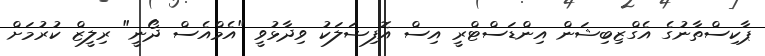
ޕާކިސްތާނުގެ އެގްޒިބިޝަން އިންޑަސްޓްރީ އިސް އޮފިޝަލަކު ވިދާޅުވީ "އެމްއެސް ދޯނީ" ރިލީޒް ކުރުމަށް